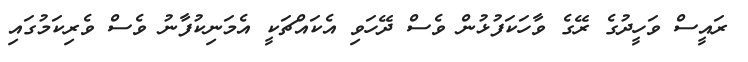
ރައީސް ވަހީދުގެ ރޭގެ ވާހަކަފުޅުން ވެސް ދޭހަވި އެކައްޗަކީ އެމަނިކުފާނު ވެސް ވެރިކަމުގައި